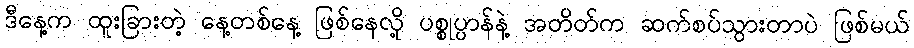
ဒီနေ့က ထူးခြားတဲ့ နေ့တစ်နေ့ ဖြစ်နေလို့ ပစ္စုပ္ပာန်နဲ့ အတိတ်က ဆက်စပ်သွားတာပဲ ဖြစ်မယ်